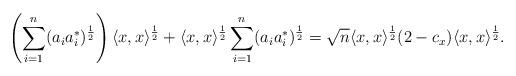
LaTeX: \begin{align*} \left(\sum_{i=1}^{n}(a_ia_i^*)^\frac{1}{2}\right)\langle x, x \rangle^\frac{1}{2}+\langle x, x \rangle^\frac{1}{2}\sum_{i=1}^{n}(a_ia_i^*)^\frac{1}{2}=\sqrt{n}\langle x, x \rangle^\frac{1}{2}(2-c_x)\langle x, x \rangle^\frac{1}{2}. \end{align*}